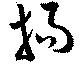
揚